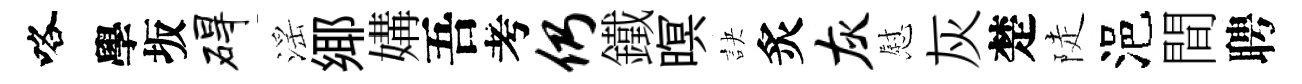
咯學坂碍滛鄊媾吾考仍鐵暝訣炙灰慰灰楚陡浥間聘